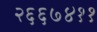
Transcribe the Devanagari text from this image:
२६६७४११